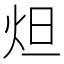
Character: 炟